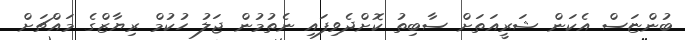
ބުންޏަސް އެކަން ޝަރީއަތަށް ސާބިތު ކޮށްދެވިފައި ނެތުމުން ޖަލު ހުކުމް ރިޔާޒްގެ މައްޗަށް